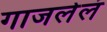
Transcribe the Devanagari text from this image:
गाजलेलं